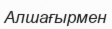
Алшағырмен